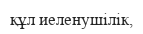
құл иеленушілік,